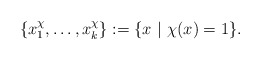
\begin{align*}\{x^\chi_1,\dots,x^{\chi}_k\}:=\{x \ | \ \chi(x)=1\}.\end{align*}